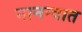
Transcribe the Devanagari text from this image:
मानन्यात